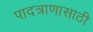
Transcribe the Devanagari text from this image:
पादत्राणासाठी